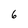
Character: 6